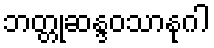
ဘတ္တုဆန္ဒဝသာနုဂါ